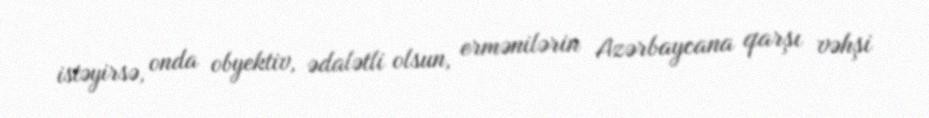
istəyirsə, onda obyektiv, ədalətli olsun, ermənilərin Azərbaycana qarşı vəhşi